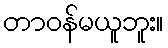
တာဝန်မယူဘူး။